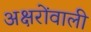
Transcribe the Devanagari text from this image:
अक्षरोंवाली